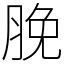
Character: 脕